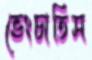
ভেংচাতিস